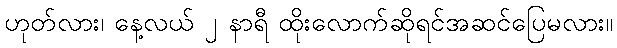
ဟုတ်လား၊ နေ့လယ် ၂ နာရီ ထိုးလောက်ဆိုရင်အဆင်ပြေမလား။